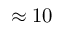
\approx 1 0